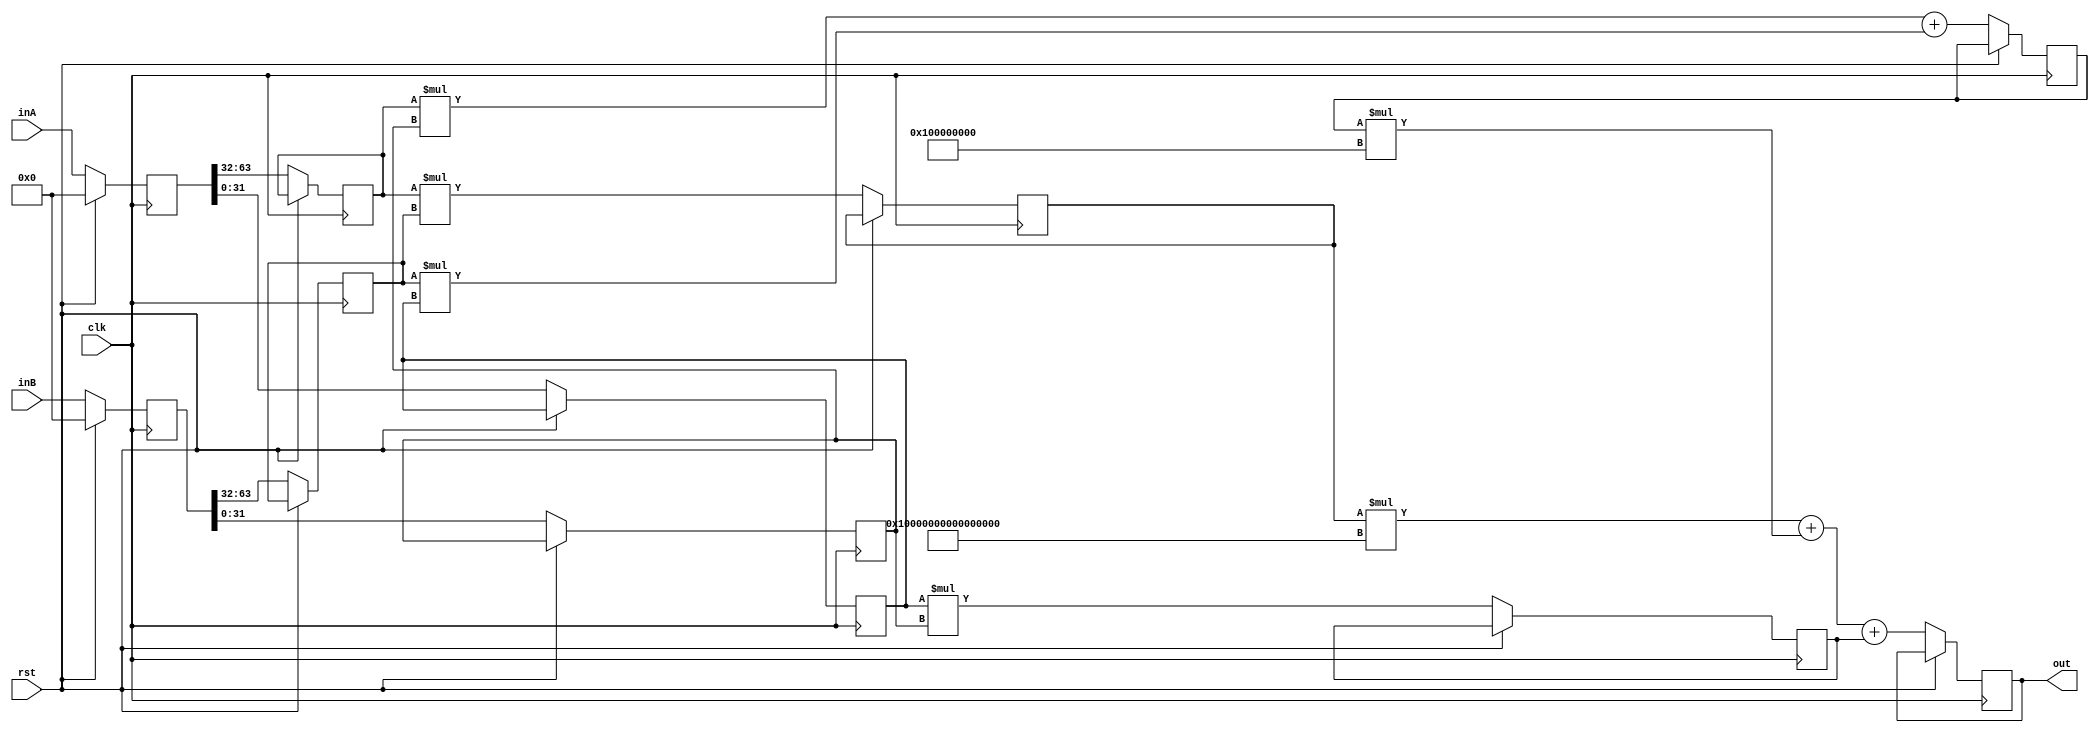
`timescale 1ns / 1ps

module hw4_q3
    #(parameter bitcount = 64) 
    (
    input clk,rst,
    input [bitcount-1:0] inA,
    input [bitcount-1:0] inB,
    output reg [bitcount*2-1:0] out
    );
    reg [bitcount-1:0] a_hold, b_hold;
    localparam bitpart = bitcount/2;
    reg [bitpart-1:0] A_L, A_R;
    reg [bitpart-1:0] B_L, B_R;
    reg [bitcount-1:0] mleft;
    reg [bitcount-1:0] mright;
    reg [bitcount:0] sum;
    always @(posedge clk)begin 
        if(rst == 1) begin
            a_hold <= 0;
            b_hold <= 0;
        end
        else begin
            a_hold <= inA;
            b_hold <= inB;
                         
            {A_L, A_R} <= a_hold;
            {B_L, B_R} <= b_hold; 
                       
            mleft <= A_L * B_L;
            mright <= A_R * B_R;
            sum <= (A_L * B_R) + (B_L * A_R);
             
            out <= (mleft*2**bitcount)+(sum * 2**bitpart) + mright; 
        end
    end
endmodule